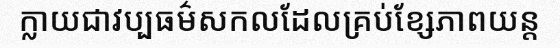
ក្លាយជាវប្បធម៌សកលដែលគ្រប់ខ្សែភាពយន្ត